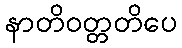
နာတိဝတ္တတိပေ